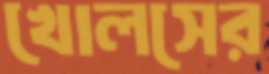
খোলসের